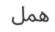
ھمل